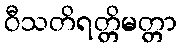
ဝီသတိရတ္တိမတ္တာ